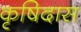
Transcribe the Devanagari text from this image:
कृषिदास